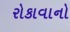
રોકાવાનો